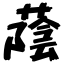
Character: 蔭